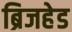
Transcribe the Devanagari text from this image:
ब्रिजहेड